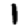
Digit: 1